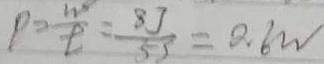
p = \frac { w } { t } = \frac { 8 j } { 5 s } = 0 . 6 w